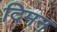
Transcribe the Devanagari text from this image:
दिमन